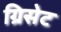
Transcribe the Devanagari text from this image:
ग्रिसेट